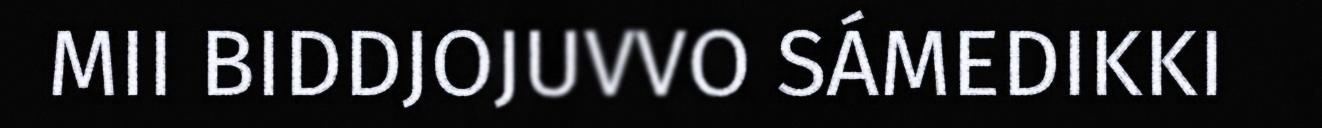
MII BIDDJOJUVVO SÁMEDIKKI